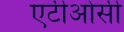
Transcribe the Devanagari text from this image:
एटीओसी